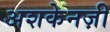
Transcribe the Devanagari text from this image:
अशकेनज़ी